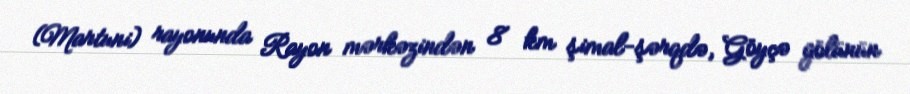
(Martuni) rayonunda Rayon mərkəzindən 8 km şimal-şərqdə, Göyçə gölünün